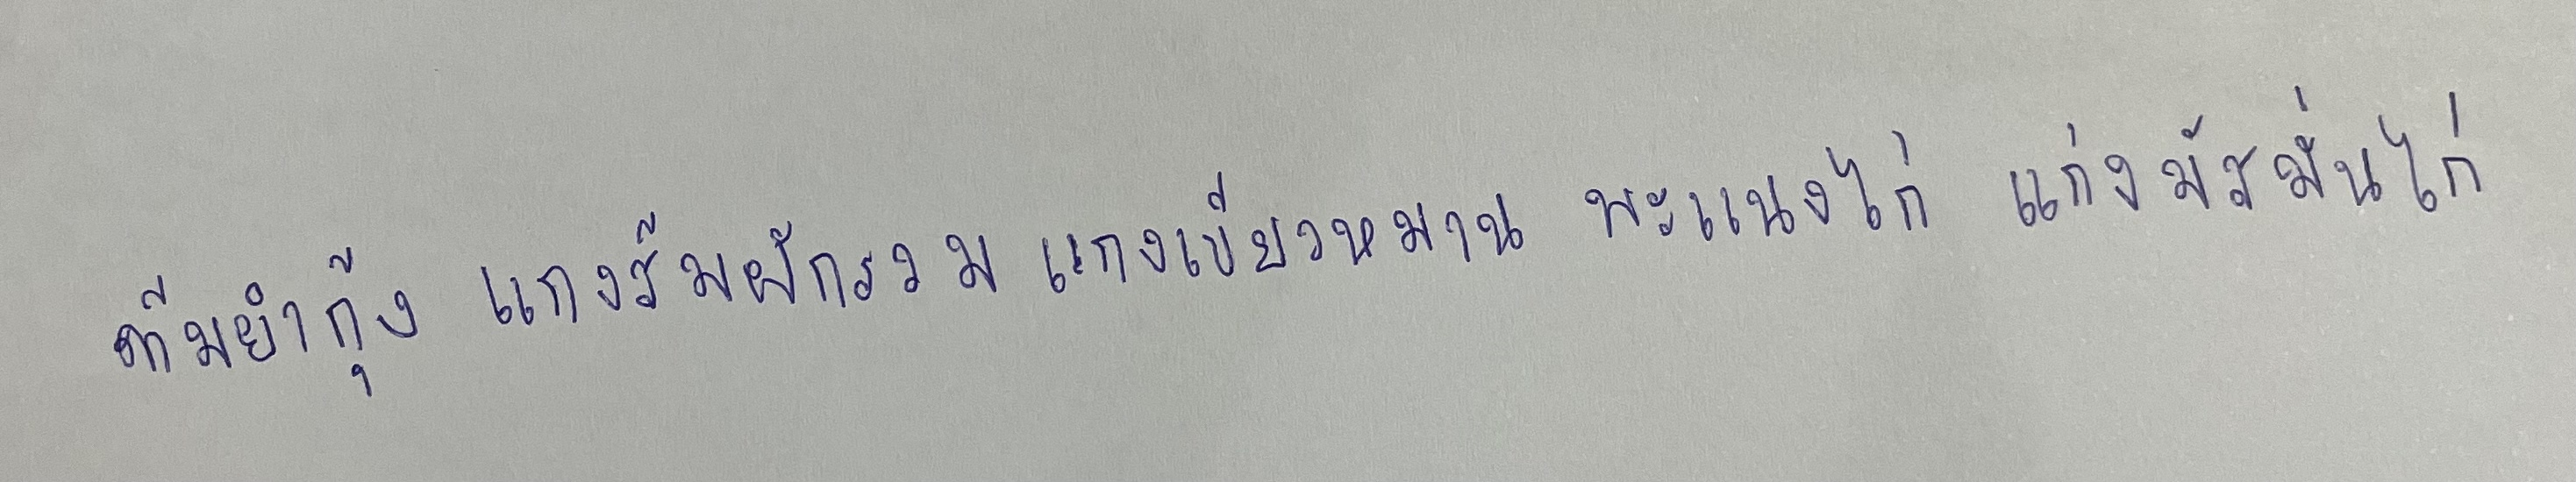
ต้มยํากุ้ง แกงส้มผักรวม แกงเขียวหวาน พะแนงไก่ แกงมัสมั่นไก่